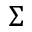
\Sigma